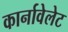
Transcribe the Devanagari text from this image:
कार्नावेलेट